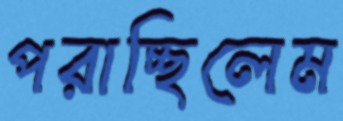
পরাচ্ছিলেম